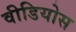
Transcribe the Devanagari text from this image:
वीडियोस